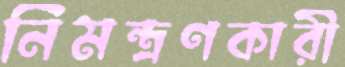
নিমন্ত্রণকারী